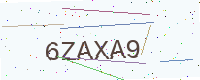
Text: 6ZAXA9